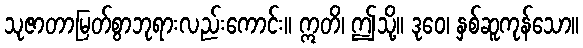
သုဇာတာမြတ်စွာဘုရားလည်းကောင်း။ ဣတိ၊ ဤသို့။ ဒုဝေ၊ နှစ်ဆူကုန်သော။